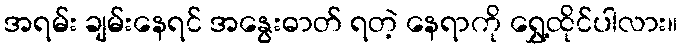
အရမ်း ချမ်းနေရင် အနွေးဓာတ် ရတဲ့ နေရာကို ရွှေ့ထိုင်ပါလား။